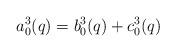
LaTeX: \begin{align*}a_0^3(q)=b^3_0(q)+c_0^3(q)\end{align*}